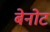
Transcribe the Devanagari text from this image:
बेनोट